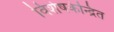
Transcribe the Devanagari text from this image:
विशेषकेन्द्रित